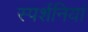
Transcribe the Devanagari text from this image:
स्पर्शनियां